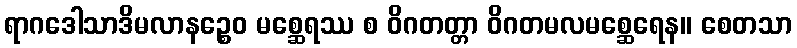
ရာဂဒေါသာဒိမလာနဉ္စေဝ မစ္ဆေရဿ စ ဝိဂတတ္တာ ဝိဂတမလမစ္ဆေရေန။ စေတသာ